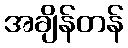
အချိန်တန်